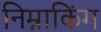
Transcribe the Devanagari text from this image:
निम्नाकिंग